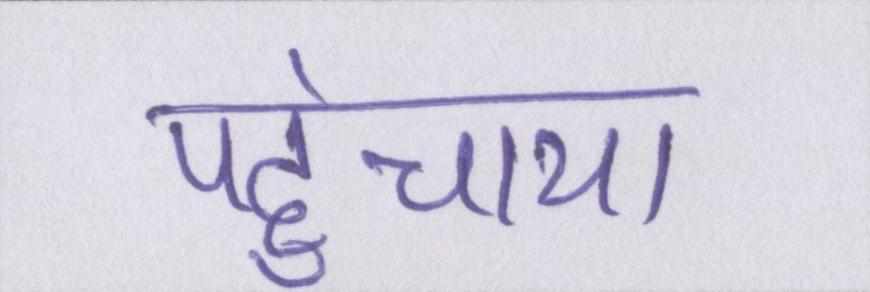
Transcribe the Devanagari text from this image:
पहुंचाया